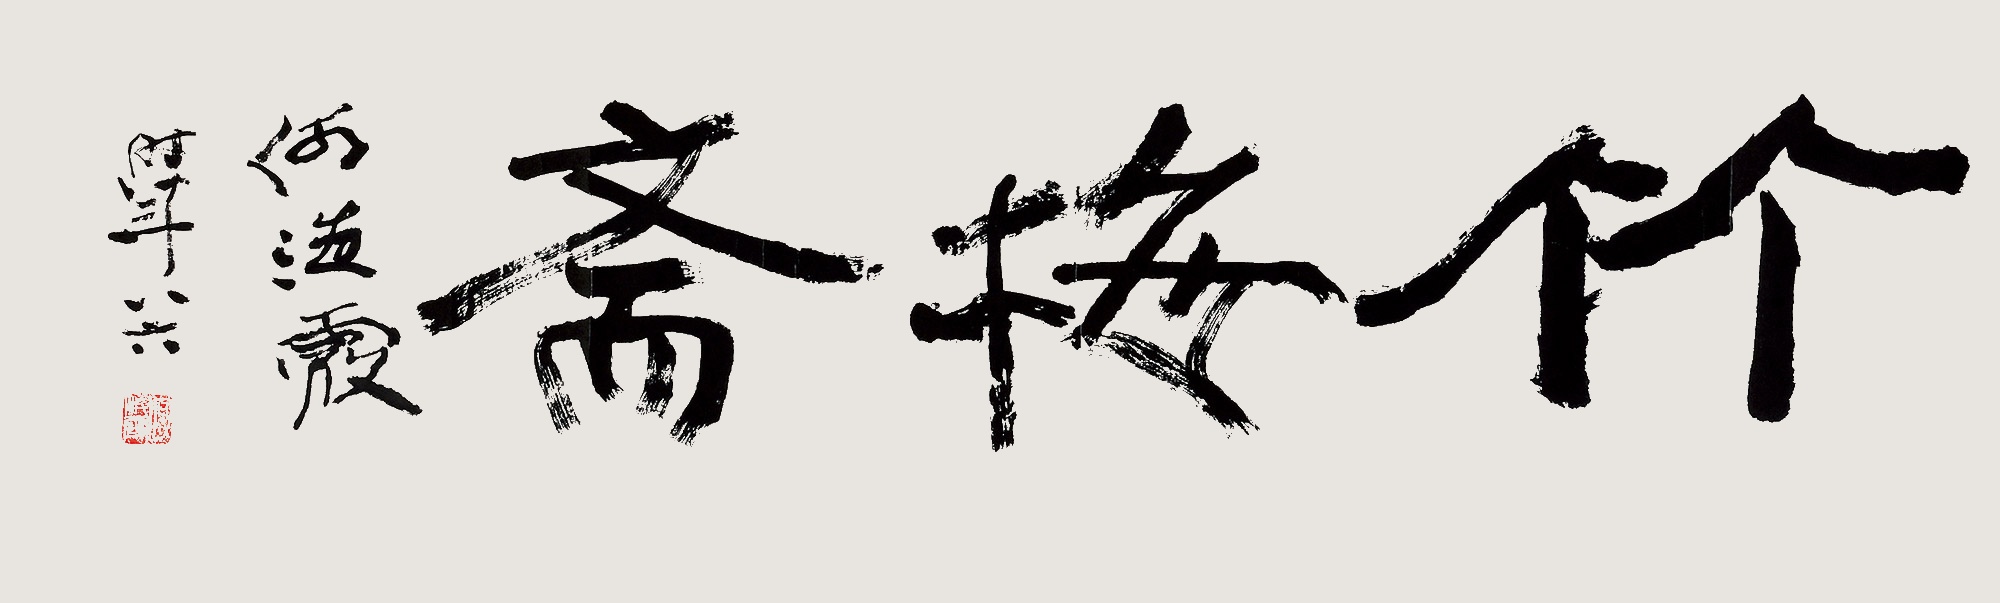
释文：竹梅斋何海霞时年八十六。